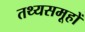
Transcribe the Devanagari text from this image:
तथ्यसमूहों